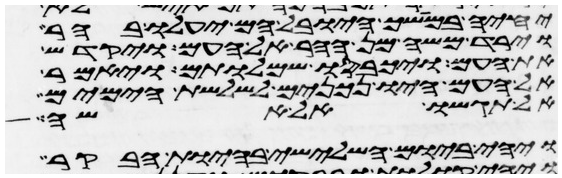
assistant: יחיה במושך היובל הם יעלו בהר
וירד משה מן ההר אל העם ויקדש
את העם ויכבסו שמלותם ויאמר
אל העם היו נכונים לשלשת הימים
אל תגשו אל אשה
ויהי ביום השלישי בהיות הבקר